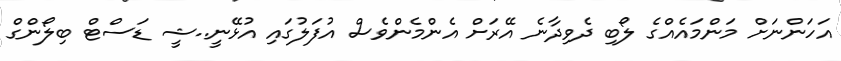
އަހަންނަށް މަންމައެއްގެ ލޯބި ދެވިދާނެ އޭރަށް އެންމެންވެސް އުފަލުގައި އުޅޭނީ..ޝީ ޑަސްޓް ބިލޯންގް